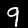
Label: 9